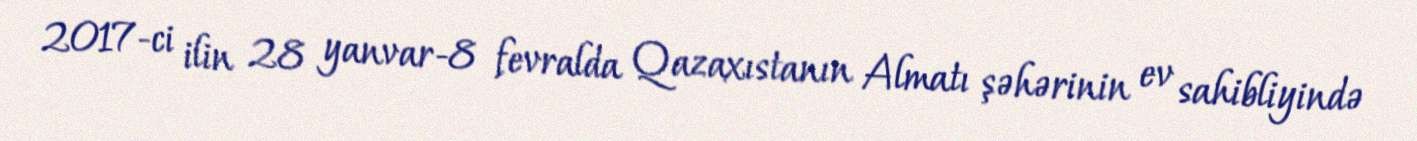
2017-ci ilin 28 yanvar-8 fevralda Qazaxıstanın Almatı şəhərinin ev sahibliyində